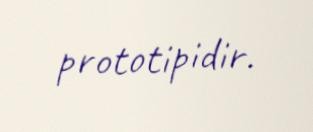
prototipidir.